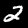
Digit: 2